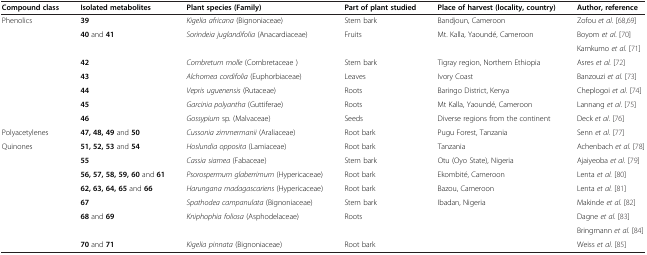
| Compound class | Isolated metabolites | Plant species (Family) | Part of plant studied | Place of harvest (locality, country) | Author, reference |
 | --- | --- | --- | --- | --- | --- |
 | <ROWSPAN=7> Phenolics | 39 | Kigelia africana (Bignoniaceae) | Stem bark | Bandjoun, Cameroon | Zofou et al.[68,69] |
 | <ROWSPAN=2> 40 and 41 | <ROWSPAN=2> Sorindeia juglandifolia (Anacardiaceae) | <ROWSPAN=2> Fruits | <ROWSPAN=2> Mt. Kalla, Yaoundé, Cameroon | Boyom et al. [70] |
 | Kamkumo et al. [71] |
 | 42 | Combretum molle (Combretaceae ) | Stem bark | Tigray region, Northern Ethiopia | Asres et al.[72] |
 | 43 | Alchornea cordifolia (Euphorbiaceae) | Leaves | Ivory Coast | Banzouzi et al.[73] |
 | 44 | Vepris uguenensis (Rutaceae) | Roots | Baringo District, Kenya | Cheplogoi et al.[74] |
 | 45 | Garcinia polyantha (Guttiferae) | Roots | Mt Kalla, Yaoundé, Cameroon | Lannang et al. [75] |
 |  | 46 | Gossypium sp. (Malvaceae) | Seeds | Diverse regions from the continent | Deck et al. [76] |
 | Polyacetylenes | 47, 48, 49 and 50 | Cussonia zimmermanii (Araliaceae) | Root bark | Pugu Forest, Tanzania | Senn et al.[77] |
 | <ROWSPAN=8> Quinones | 51, 52, 53 and 54 | Hoslundia opposita (Lamiaceae) | Root bark | Tanzania | Achenbach et al.[78] |
 | 55 | Cassia siamea (Fabaceae) | Stem bark | Otu (Oyo State), Nigeria | Ajaiyeoba et al.[79] |
 | 56, 57, 58, 59, 60 and 61 | Psorospermum glaberrimum (Hypericaceae) | Root bark | Ekombité, Cameroon | Lenta et al.[80] |
 | 62, 63, 64, 65 and 66 | Harungana madagascariens (Hypericaceae) | Root bark | Bazou, Cameroon | Lenta et al.[81] |
 | 67 | Spathodea campanulata (Bignoniaceae) | Stem bark | Ibadan, Nigeria | Makinde et al. [82] |
 | <ROWSPAN=2> 68 and 69 | <ROWSPAN=2> Kniphophia foliosa (Asphodelaceae) | <ROWSPAN=2> Roots | <ROWSPAN=2>  | Dagne et al. [83] |
 | Bringmann et al. [84] |
 | 70 and 71 | Kigelia pinnata (Bignoniaceae) | Root bark |  | Weiss et al. [85] |